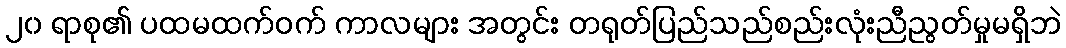
၂၀ ရာစု၏ ပထမထက်ဝက် ကာလများ အတွင်း တရုတ်ပြည်သည်စည်းလုံးညီညွတ်မှုမရှိဘဲ